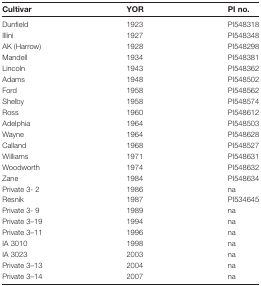
<table><thead><tr><td><b>Cultivar</b></td><td><b>YOR</b></td><td><b>PI no.</b></td></tr></thead><tbody><tr><td>Dunfield</td><td>1923</td><td>PI548318</td></tr><tr><td>Illini</td><td>1927</td><td>PI548348</td></tr><tr><td>AK (Harrow)</td><td>1928</td><td>PI548298</td></tr><tr><td>Mandell</td><td>1934</td><td>PI548381</td></tr><tr><td>Lincoln</td><td>1943</td><td>PI548362</td></tr><tr><td>Adams</td><td>1948</td><td>PI548502</td></tr><tr><td>Ford</td><td>1958</td><td>PI548562</td></tr><tr><td>Shelby</td><td>1958</td><td>PI548574</td></tr><tr><td>Ross</td><td>1960</td><td>PI548612</td></tr><tr><td>Adelphia</td><td>1964</td><td>PI548503</td></tr><tr><td>Wayne</td><td>1964</td><td>PI548628</td></tr><tr><td>Calland</td><td>1968</td><td>PI548527</td></tr><tr><td>Williams</td><td>1971</td><td>PI548631</td></tr><tr><td>Woodworth</td><td>1974</td><td>PI548632</td></tr><tr><td>Zane</td><td>1984</td><td>PI548634</td></tr><tr><td>Private 3- 2</td><td>1986</td><td>na</td></tr><tr><td>Resnik</td><td>1987</td><td>PI534645</td></tr><tr><td>Private 3- 9</td><td>1989</td><td>na</td></tr><tr><td>Private 3–19</td><td>1994</td><td>na</td></tr><tr><td>Private 3–11</td><td>1996</td><td>na</td></tr><tr><td>IA 3010</td><td>1998</td><td>na</td></tr><tr><td>IA 3023</td><td>2003</td><td>na</td></tr><tr><td>Private 3–13</td><td>2004</td><td>na</td></tr><tr><td>Private 3–14</td><td>2007</td><td>na</td></tr></tbody></table>